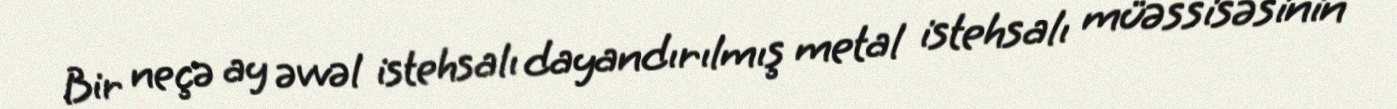
Bir neçə ay əvvəl istehsalı dayandırılmış metal istehsalı müəssisəsinin